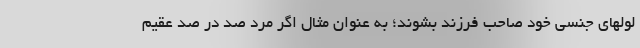
لولهای جنسی خود صاحب فرزند بشوند؛ به عنوان مثال اگر مرد صد در صد عقیم